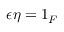
\epsilon \eta = 1 _ { F }